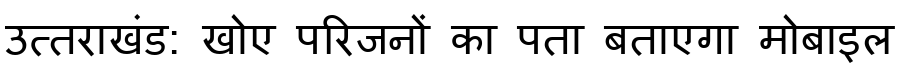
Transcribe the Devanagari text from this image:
उत्तराखंड: खोए परिजनों का पता बताएगा मोबाइल